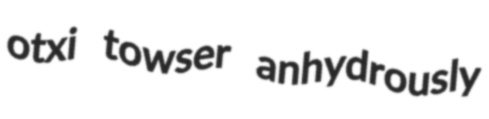
otxi towser anhydrously